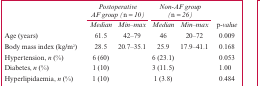
<table><thead><tr><td rowspan="2"></td><td colspan="2"><b><i>Postoperative AF group (n =10)</i></b></td><td colspan="2"><b><i>Non-AF group (n =26)</i></b></td><td rowspan="2"><b><i>p-value</i></b></td></tr><tr><td><b><i>Median</i></b></td><td><b><i>Min–max</i></b></td><td><b><i>Median</i></b></td><td><b><i>Min–max</i></b></td></tr></thead><tbody><tr><td>Age (years)</td><td>61.5</td><td>42–79</td><td>46</td><td>20–72</td><td>0.009</td></tr><tr><td>Body mass index (kg/m2)</td><td>28.5</td><td>20.7–35.1</td><td>25.9</td><td>17.9–41.1</td><td>0.168</td></tr><tr><td>Hypertension, n (%)</td><td>6 (60)</td><td></td><td>6 (23.1)</td><td></td><td>0.053</td></tr><tr><td>Diabetes, n (%)</td><td>1 (10)</td><td></td><td>3 (11.5)</td><td></td><td>1.00</td></tr><tr><td>Hyperlipidaemia, n (%)</td><td>1 (10)</td><td></td><td>1 (3.8)</td><td></td><td>0.484</td></tr></tbody></table>